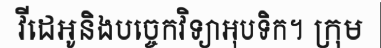
វីដេអូនិងបច្ចេកវិទ្យាអុបទិក។ ក្រុម